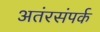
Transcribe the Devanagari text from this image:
अतंरसंपर्क